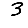
Digit: 3